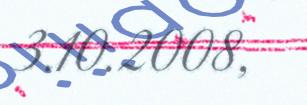
3.10.2008,